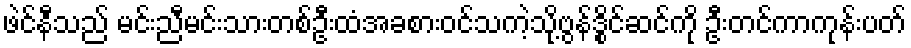
ဖဲင်နီသည် မင်းညီမင်းသားတစ်ဦးထံအခစားဝင်သကဲ့သို့ဗွန်ဒွိုင်ဆင်ကို ဦးတင်ကာကုန်းပတ်